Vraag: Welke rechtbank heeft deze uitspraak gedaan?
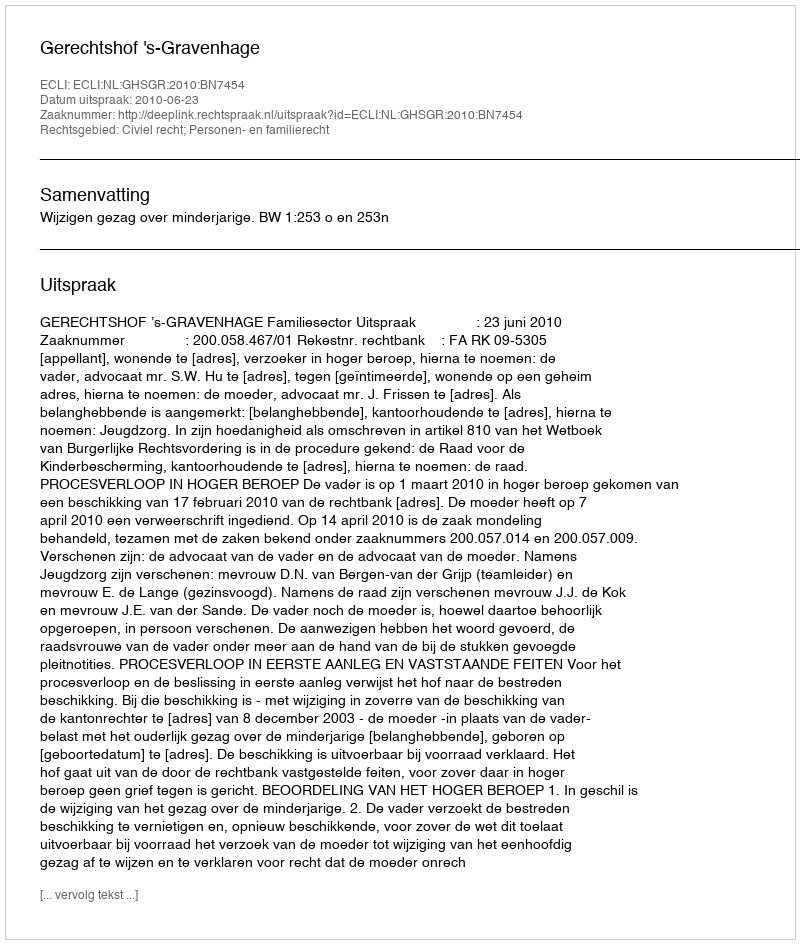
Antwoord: Gerechtshof 's-Gravenhage